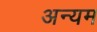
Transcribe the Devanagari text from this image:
अन्यम